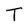
Character: T